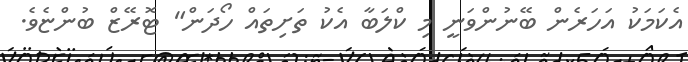
އެކަމަކު އަހަރެން ބޭނުންވަނީ މި ކްލަބާ އެކު ތަށިތައް ހޯދަން" ޓޮރޭޒް ބުންޏެވެ.